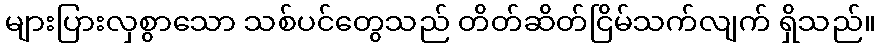
များပြားလှစွာသော သစ်ပင်တွေသည် တိတ်ဆိတ်ငြိမ်သက်လျက် ရှိသည်။